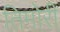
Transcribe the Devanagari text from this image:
तिमोरी